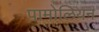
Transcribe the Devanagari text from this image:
पामोलियन